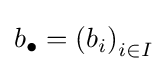
b_{\bullet }=\left(b_{i}\right)_{i\in I}